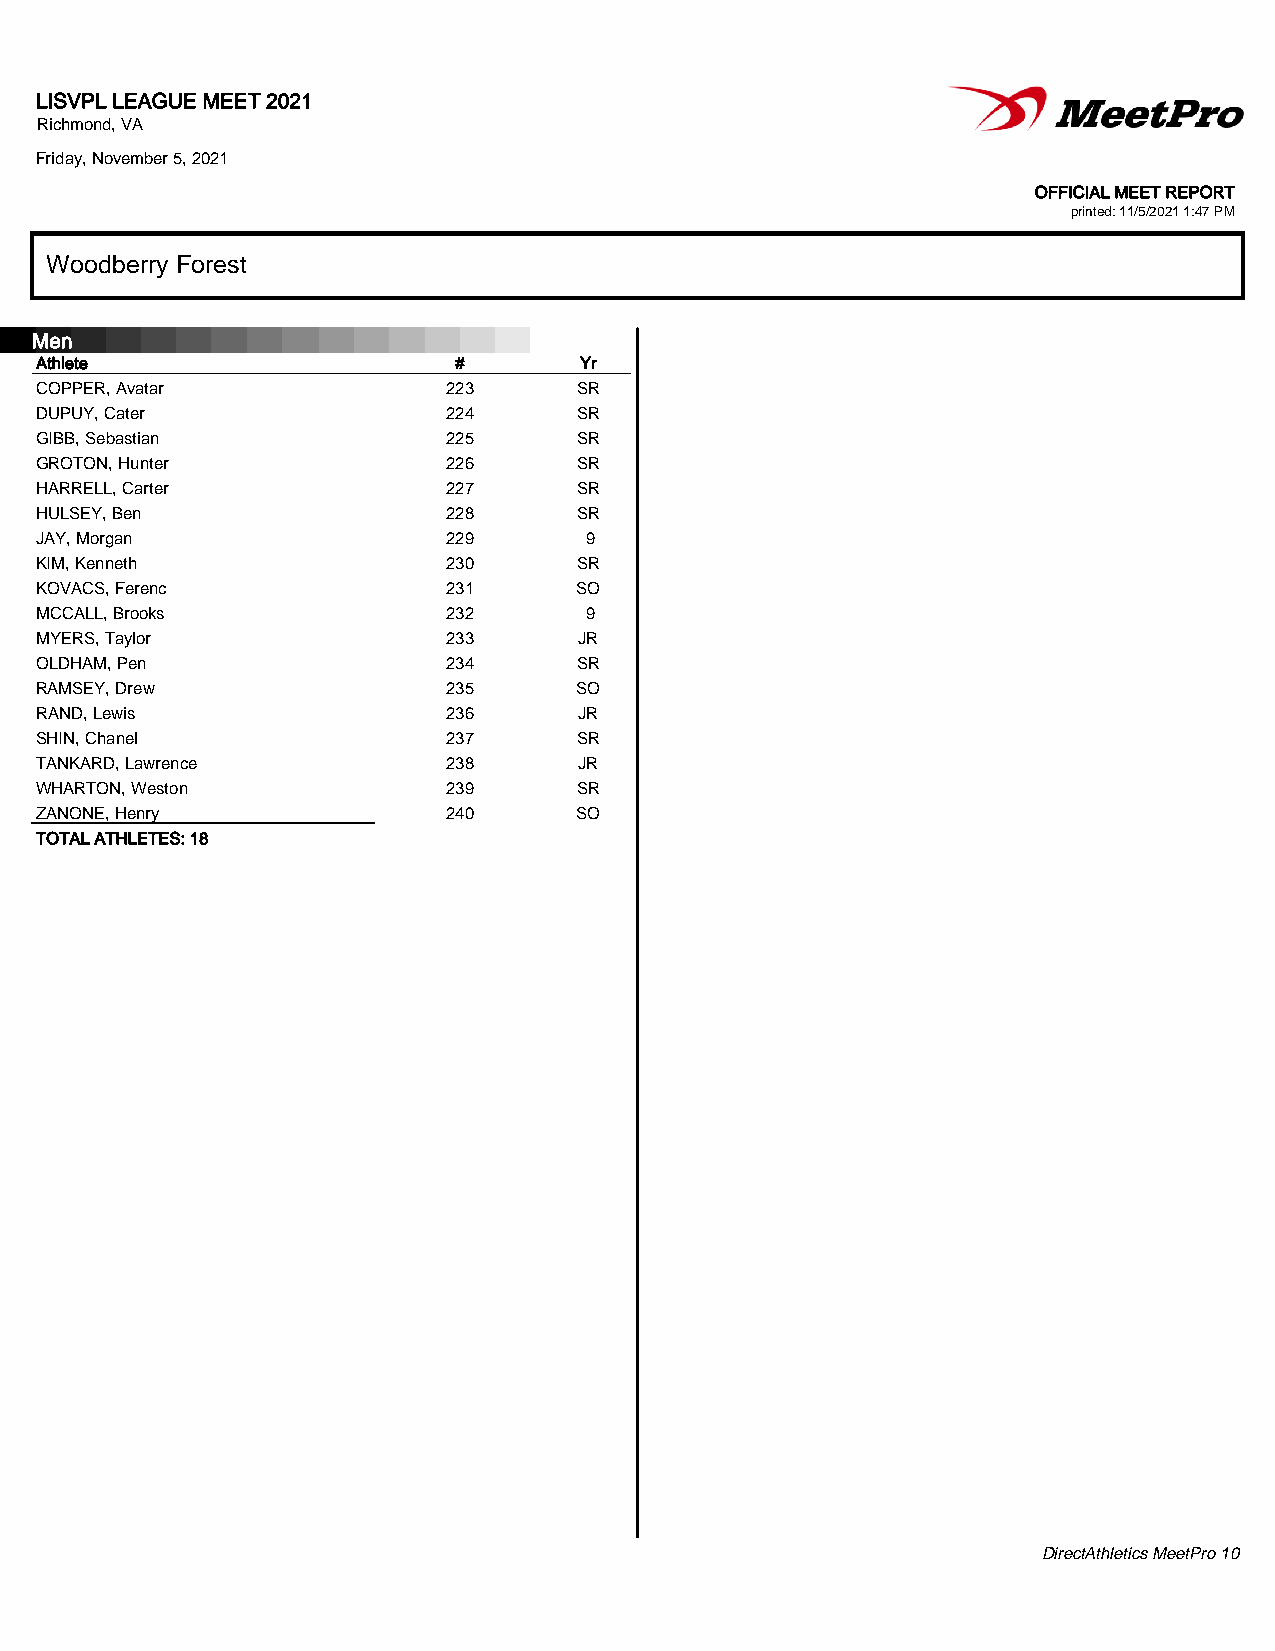
LISVPL LEAGUE MEET 2021
 Richmond, VA
 Friday, November 5, 2021
 OFFICIAL MEET REPORT
 printed: 11/5/2021 1:47 PM
 WWWWWWWWWoooooooooooooooooodddddddddbbbbbbbbbeeeeeeeeerrrrrrrrrrrrrrrrrryyyyyyyyy FFFFFFFFFooooooooorrrrrrrrreeeeeeeeesssssssssttttttttt
 Men
 Athlete                     #       Yr
 COPPER, Avatar              223     SR
 DUPUY, Cater                224     SR
 GIBB, Sebastian             225     SR
 GROTON, Hunter              226     SR
 HARRELL, Carter             227     SR
 HULSEY, Ben                 228     SR
 JAY, Morgan                 229      9
 KIM, Kenneth                230     SR
 KOVACS, Ferenc              231     SO
 MCCALL, Brooks              232      9
 MYERS, Taylor               233     JR
 OLDHAM, Pen                 234     SR
 RAMSEY, Drew                235     SO
 RAND, Lewis                 236     JR
 SHIN, Chanel                237     SR
 TANKARD, Lawrence           238     JR
 WHARTON, Weston             239     SR
 ZANONE, Henry               240     SO
 TOTAL ATHLETES: 18
 DirectAthletics MeetPro 10